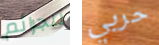
للجرائم حربي